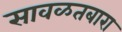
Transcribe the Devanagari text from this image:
सावळतबारा